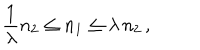
\frac { 1 } { \lambda } n _ { 2 } \leq n _ { 1 } \leq \lambda \, n _ { 2 } \, ,